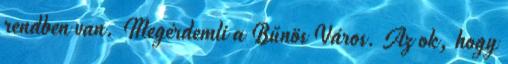
rendben van. Megérdemli a Bűnös Város. Az ok, hogy